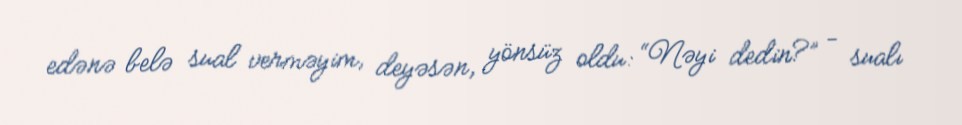
edənə belə sual verməyim, deyəsən, yönsüz oldu: “Nəyi dedin?” - sualı